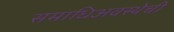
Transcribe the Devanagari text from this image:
समाधिअवस्थेची